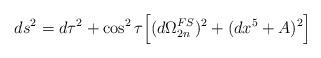
LaTeX: \begin{align*}ds^2 = d \tau^2 + \cos^2\tau \Big[ (d\Omega_{2 n}^{FS})^2 +(dx^5 + A)^2 \Big]\end{align*}